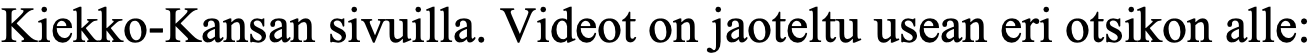
Kiekko-Kansan sivuilla. Videot on jaoteltu usean eri otsikon alle: